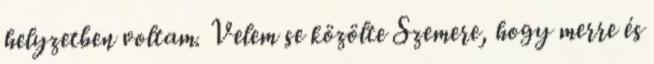
helyzetben voltam. Velem se közölte Szemere, hogy merre és